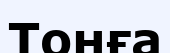
Тонға